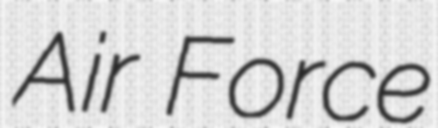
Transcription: Air Force